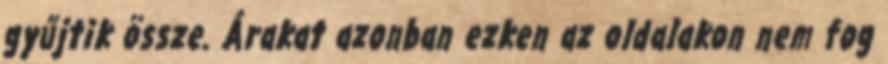
gyűjtik össze. Árakat azonban ezken az oldalakon nem fog